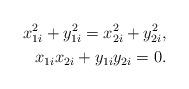
LaTeX: \begin{align*}x_{1i}^2 + y_{1i}^2 = x_{2i}^2 + y_{2i}^2, \\x_{1i} x_{2i} + y_{1i} y_{2i} = 0. \end{align*}